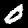
Digit: 0